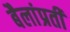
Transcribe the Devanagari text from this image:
बैलांप्रती